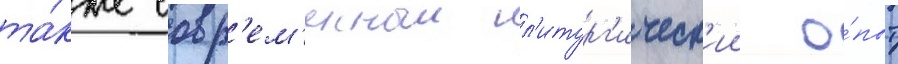
та́кже совр'ем'енныи л'итург'ическ'ии о́пыт